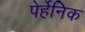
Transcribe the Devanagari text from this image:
पेर्हेनिक